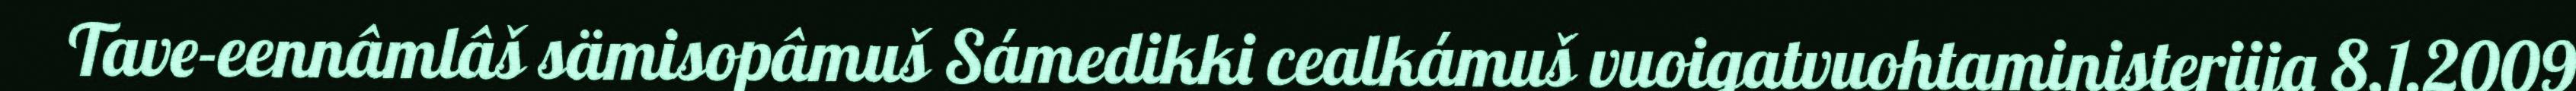
Tave-eennâmlâš sämisopâmuš Sámedikki cealkámuš vuoigatvuohtaministeriija 8.1.2009